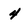
Character: 4